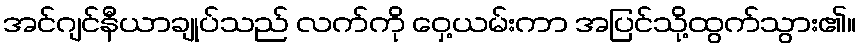
အင်ဂျင်နီယာချုပ်သည် လက်ကို ဝှေ့ယမ်းကာ အပြင်သို့ထွက်သွား၏။